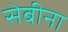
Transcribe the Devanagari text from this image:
सेबीना